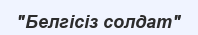
"Белгісіз солдат"